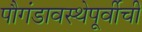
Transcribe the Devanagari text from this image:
पौगंडावस्थेपूर्वीची